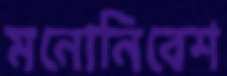
মনোনিবেশ